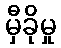
မှီခိုမှု